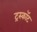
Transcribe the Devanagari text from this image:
ट्रस्कॉट